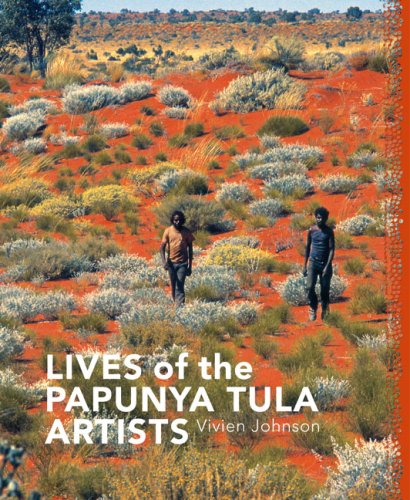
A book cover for Lives of the Papunya Tula Artists; Vivien Johnson; Biographies & Memoirs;